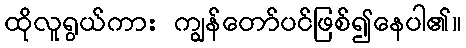
ထိုလူရွယ်ကား ကျွန်တော်ပင်ဖြစ်၍နေပါ၏။